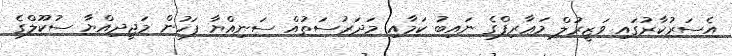
އެސަރުކާރުގައި ވަޒީރުލް މަޢާރިފްގެ ނައިބު ކަމާއި މަދަރުސަތުއް ސަނިއްޔާ ފަހުން މަޖީދިއްޔާ ސުކޫލްގެ